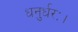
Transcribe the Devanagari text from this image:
धनुर्धरः।